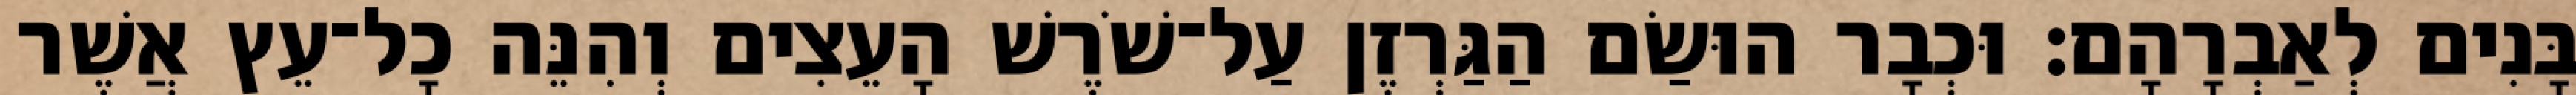
בָּנִים לְאַבְרָהָם׃ וּכְבָר הוּשַׂם הַגַּרְזֶן עַל־שֹׁרֶשׁ הָעֵצִים וְהִנֵּה כָל־עֵץ אֲשֶׁר